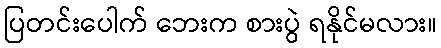
ပြတင်းပေါက် ဘေးက စားပွဲ ရနိုင်မလား။